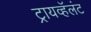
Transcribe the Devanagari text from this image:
ट्रायव्हॅलंट